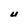
Character: U